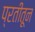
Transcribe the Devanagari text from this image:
प्रतींतून